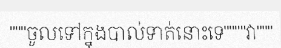
"""ចូលទៅក្នុងបាល់ទាត់នោះទេ""""វា"""